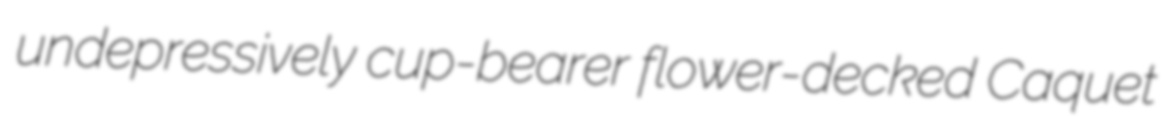
undepressively cup-bearer flower-decked Caquet